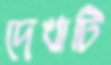
দেখাটি